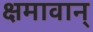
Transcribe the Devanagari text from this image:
क्षमावान्